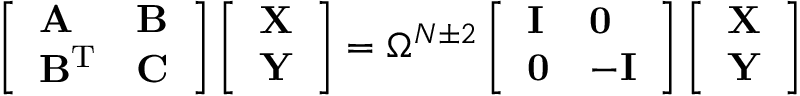
\left[ \begin{array} { l l } { \mathbf { A } } & { \mathbf { B } } \\ { \mathbf { B } ^ { \mathrm { T } } } & { \mathbf { C } } \end{array} \right] \left[ \begin{array} { l } { \mathbf { X } } \\ { \mathbf { Y } } \end{array} \right] = \Omega ^ { N \pm 2 } \left[ \begin{array} { l l } { \mathbf { I } } & { \mathbf { 0 } } \\ { \mathbf { 0 } } & { \mathbf { - I } } \end{array} \right] \left[ \begin{array} { l } { \mathbf { X } } \\ { \mathbf { Y } } \end{array} \right]